Insane asylums in Bengal annual reports 1867-1875 - 1867-1875
Year: 1867
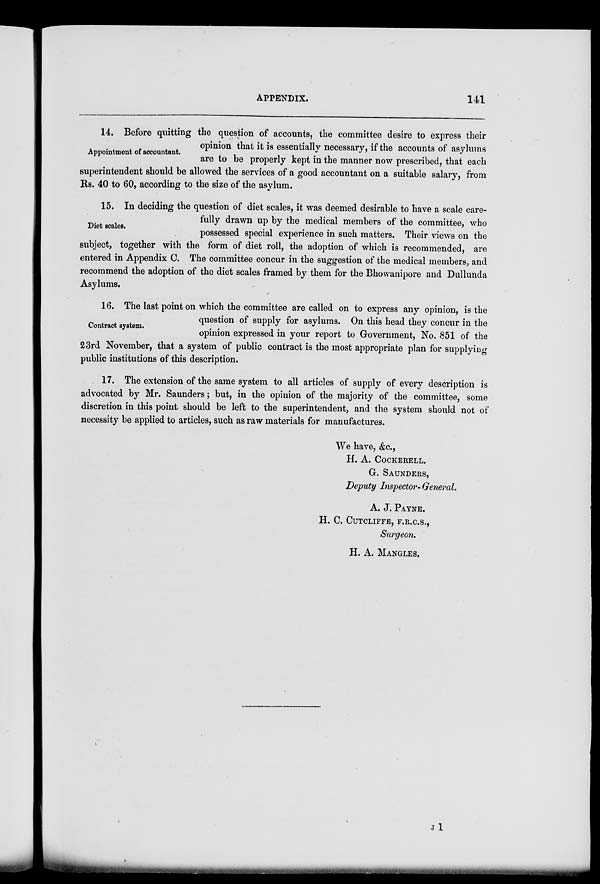
APPENDIX.
141
Appointment of accountant.
14. Before quitting the question of accounts, the committee desire to express their
opinion that it is essentially necessary, if the accounts of asylums
are to be properly kept in the manner now prescribed, that each
superintendent should be allowed the services of a good accountant on a suitable salary, from
Rs. 40 to 60, according to the size of the asylum.
Diet scales.
15. In deciding the question of diet scales, it was deemed desirable to have a scale care-
fully drawn up by the medical members of the committee, who
possessed special experience in such matters. Their views on the
subject, together with the form of diet roll, the adoption of which is recommended, are
entered in Appendix C. The committee concur in the suggestion of the medical members, and
recommend the adoption of the diet scales framed by them for the Bhowanipore and Dullunda
Asylums.
Contract system.
16. The last point on which the committee are called on to express any opinion, is the
question of supply for asylums. On this head they concur in the
opinion expressed in your report to Government, No. 851 of the
23rd November, that a system of public contract is the most appropriate plan for supplying
public institutions of this description.
17. The extension of the same system to all articles of supply of every description is
advocated by Mr. Saunders; but, in the opinion of the majority of the committee, some
discretion in this point should be left to the superintendent, and the system should not of
necessity be applied to articles, such as raw materials for manufactures.
We have, &c.,
H. A. COCKERELL.
G. SAUNDERS,
Deputy Inspector- General.
A. J. PAYNE.
H. C. CUTCLIFFE, F.R.C.S.,
Surgeon.
H. A. MANGLES.
J 1